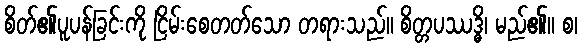
စိတ်၏ပူပန်ခြင်းကို ငြိမ်းစေတတ်သော တရားသည်။ စိတ္တပဿဒ္ဓိ၊ မည်၏။ စ၊